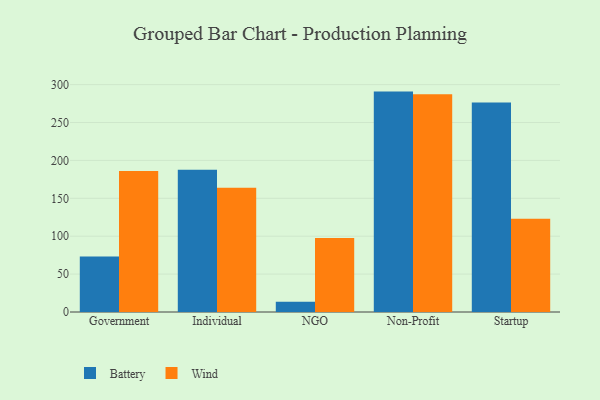
{"axis": {"x": "Segment", "y": "Demand Index"}, "legend": ["Battery", "Wind"], "data": [{"x": "Government", "y": 73.3, "type": "Battery"}, {"x": "Government", "y": 186.1, "type": "Wind"}, {"x": "Individual", "y": 187.7, "type": "Battery"}, {"x": "Individual", "y": 164.1, "type": "Wind"}, {"x": "NGO", "y": 13.6, "type": "Battery"}, {"x": "NGO", "y": 97.7, "type": "Wind"}, {"x": "Non-Profit", "y": 290.8, "type": "Battery"}, {"x": "Non-Profit", "y": 287.2, "type": "Wind"}, {"x": "Startup", "y": 276.4, "type": "Battery"}, {"x": "Startup", "y": 123.1, "type": "Wind"}]}